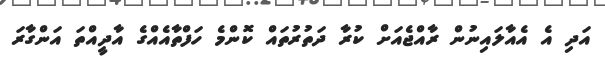
އަދި އެ އެއާލައިނުން ރާއްޖެއަށް ކުރާ ދަތުރުތައް ކޮންމެ ހަފްތާއެއްގެ އާދީއްތަ އަންގާރަ